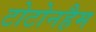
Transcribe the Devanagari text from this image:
टोटोनहैम